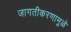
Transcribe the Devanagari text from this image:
जागतीकरणामुळे